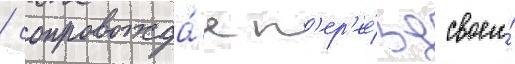
/ сопровожда́я п'ер'ее́зд своего́